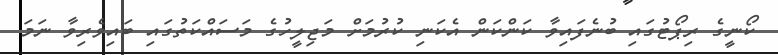
ކޯނީގެ ރިޕޯޓުގައި ބުނެފައިވާ ކަންކަން އެކަނި ކުރުމަށް މަޖިލީހުގެ މަސައްކަތުގައި ބައިވެރިވާ ނަމަ